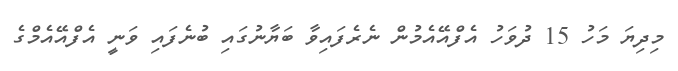
މިދިޔަ މަހު 15 ދުވަހު އެފްއޭއެމުން ނެރެފައިވާ ބަޔާނުގައި ބުނެފައި ވަނީ އެފްއޭއެމްގެ